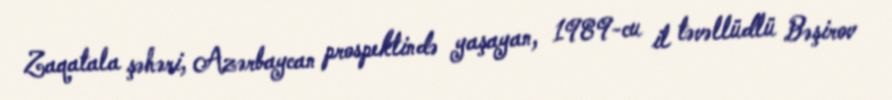
Zaqatala şəhəri, Azərbaycan prospektində yaşayan, 1989-cu il təvəllüdlü Bəşirov